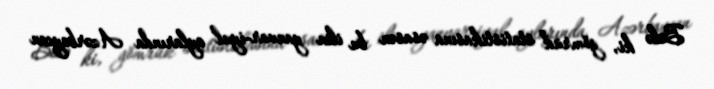
Belə ki, gömrük statistikasına əsasən bu ilin yanvar-iyul aylarında Azərbaycan